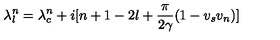
\lambda _ { l } ^ { n } = \lambda _ { c } ^ { n } + i [ n + 1 - 2 l + \frac { \pi } { 2 \gamma } ( 1 - v _ { s } v _ { n } ) ]